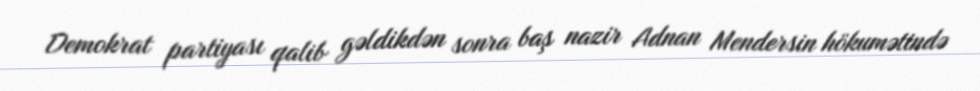
Demokrat partiyası qalib gəldikdən sonra baş nazir Adnan Mendersin hökumətində